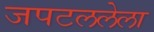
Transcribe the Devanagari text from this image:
जपटललेला